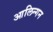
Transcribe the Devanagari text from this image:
आलिन्गन